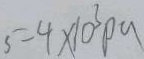
5 - 4 \times 1 0 ^ { 3 } P a